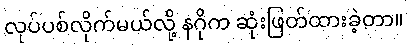
လုပ်ပစ်လိုက်မယ်လို့ နဂိုက ဆုံးဖြတ်ထားခဲ့တာ။